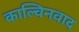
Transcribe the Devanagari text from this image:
काल्विनवाद